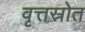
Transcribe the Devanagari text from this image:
वृत्तस्रोत